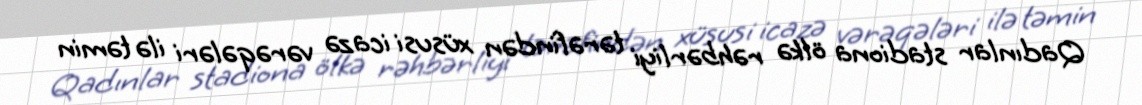
Qadınlar stadiona ölkə rəhbərliyi tərəfindən xüsusi icazə vərəqələri ilə təmin